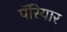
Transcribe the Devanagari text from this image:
पॅरियार